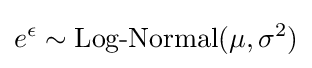
e^{\epsilon }\sim {\textrm {Log-Normal}}(\mu ,\sigma ^{2})